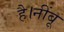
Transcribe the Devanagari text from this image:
है।नींबू